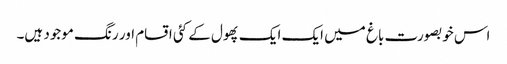
اس خوبصورت باغ میں ایک ایک پھول کے کئی اقسام اور رنگ موجود ہیں۔